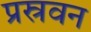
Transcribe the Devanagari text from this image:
प्रस्रवन